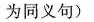
为同义句)